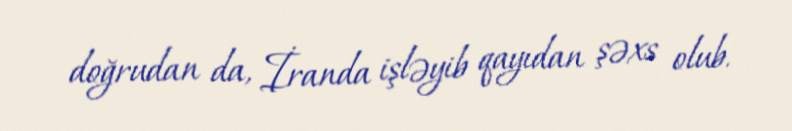
doğrudan da, İranda işləyib qayıdan şəxs olub.